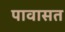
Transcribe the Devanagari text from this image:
पावासत